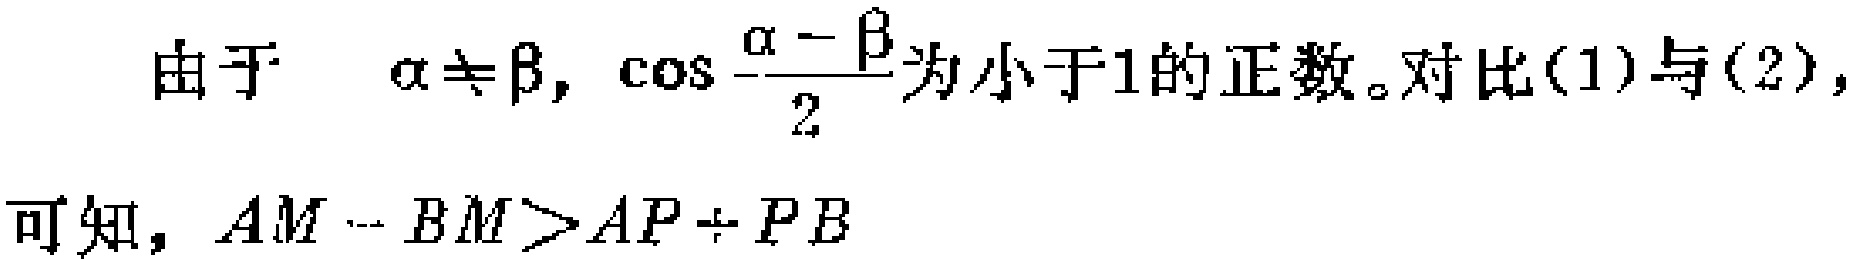
由于 $\alpha\neq\beta$, $\cos\frac{\alpha - \beta}{2}$为小于1的正数。对比(1)与(2), 可知, $AM - BM>AP + PB$